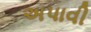
અપાવી